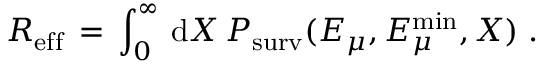
R _ { \mathrm { e f f } } \, = \, \int _ { 0 } ^ { \infty } \, \mathrm { d } X \, P _ { \mathrm { s u r v } } ( E _ { \mu } , E _ { \mu } ^ { \mathrm { m i n } } , X ) \; .